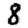
Digit: 8